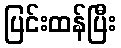
ပြင်းထန်ပြီး